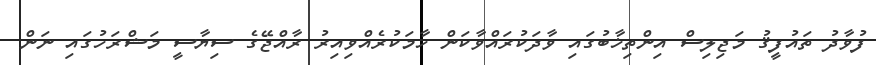
ފުވާދު ތައުފީޤު މަޖިލިސް އިންތިޚާބުގައި ވާދަކުރައްވާކަން ހާމަކުރެއްވިއިރު ރާއްޖޭގެ ސިޔާސީ މަޝްރަހުގައި ނަން